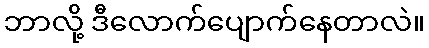
ဘာလို့ ဒီလောက်ပျောက်နေတာလဲ။